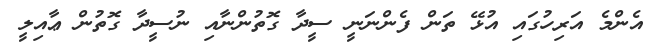
އެންމެ އަރިހުގައި އުޅޭ ތަން ފެންނަނީ ސީދާ ގޮތުންނާއި ނުސީދާ ގޮތުން ޢާއިލީ